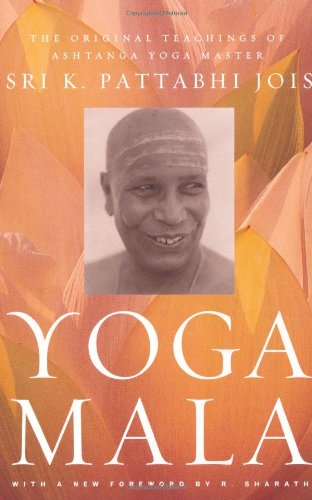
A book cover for Yoga Mala: The Original Teachings of Ashtanga Yoga Master Sri K. Pattabhi Jois; Sri K. Pattabhi Jois; Health, Fitness & Dieting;